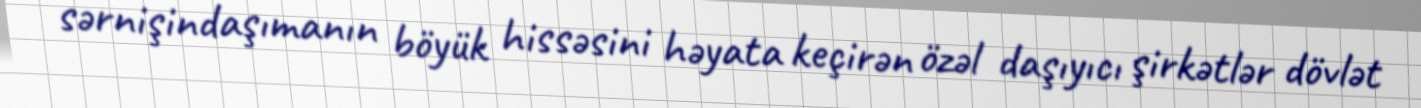
sərnişindaşımanın böyük hissəsini həyata keçirən özəl daşıyıcı şirkətlər dövlət